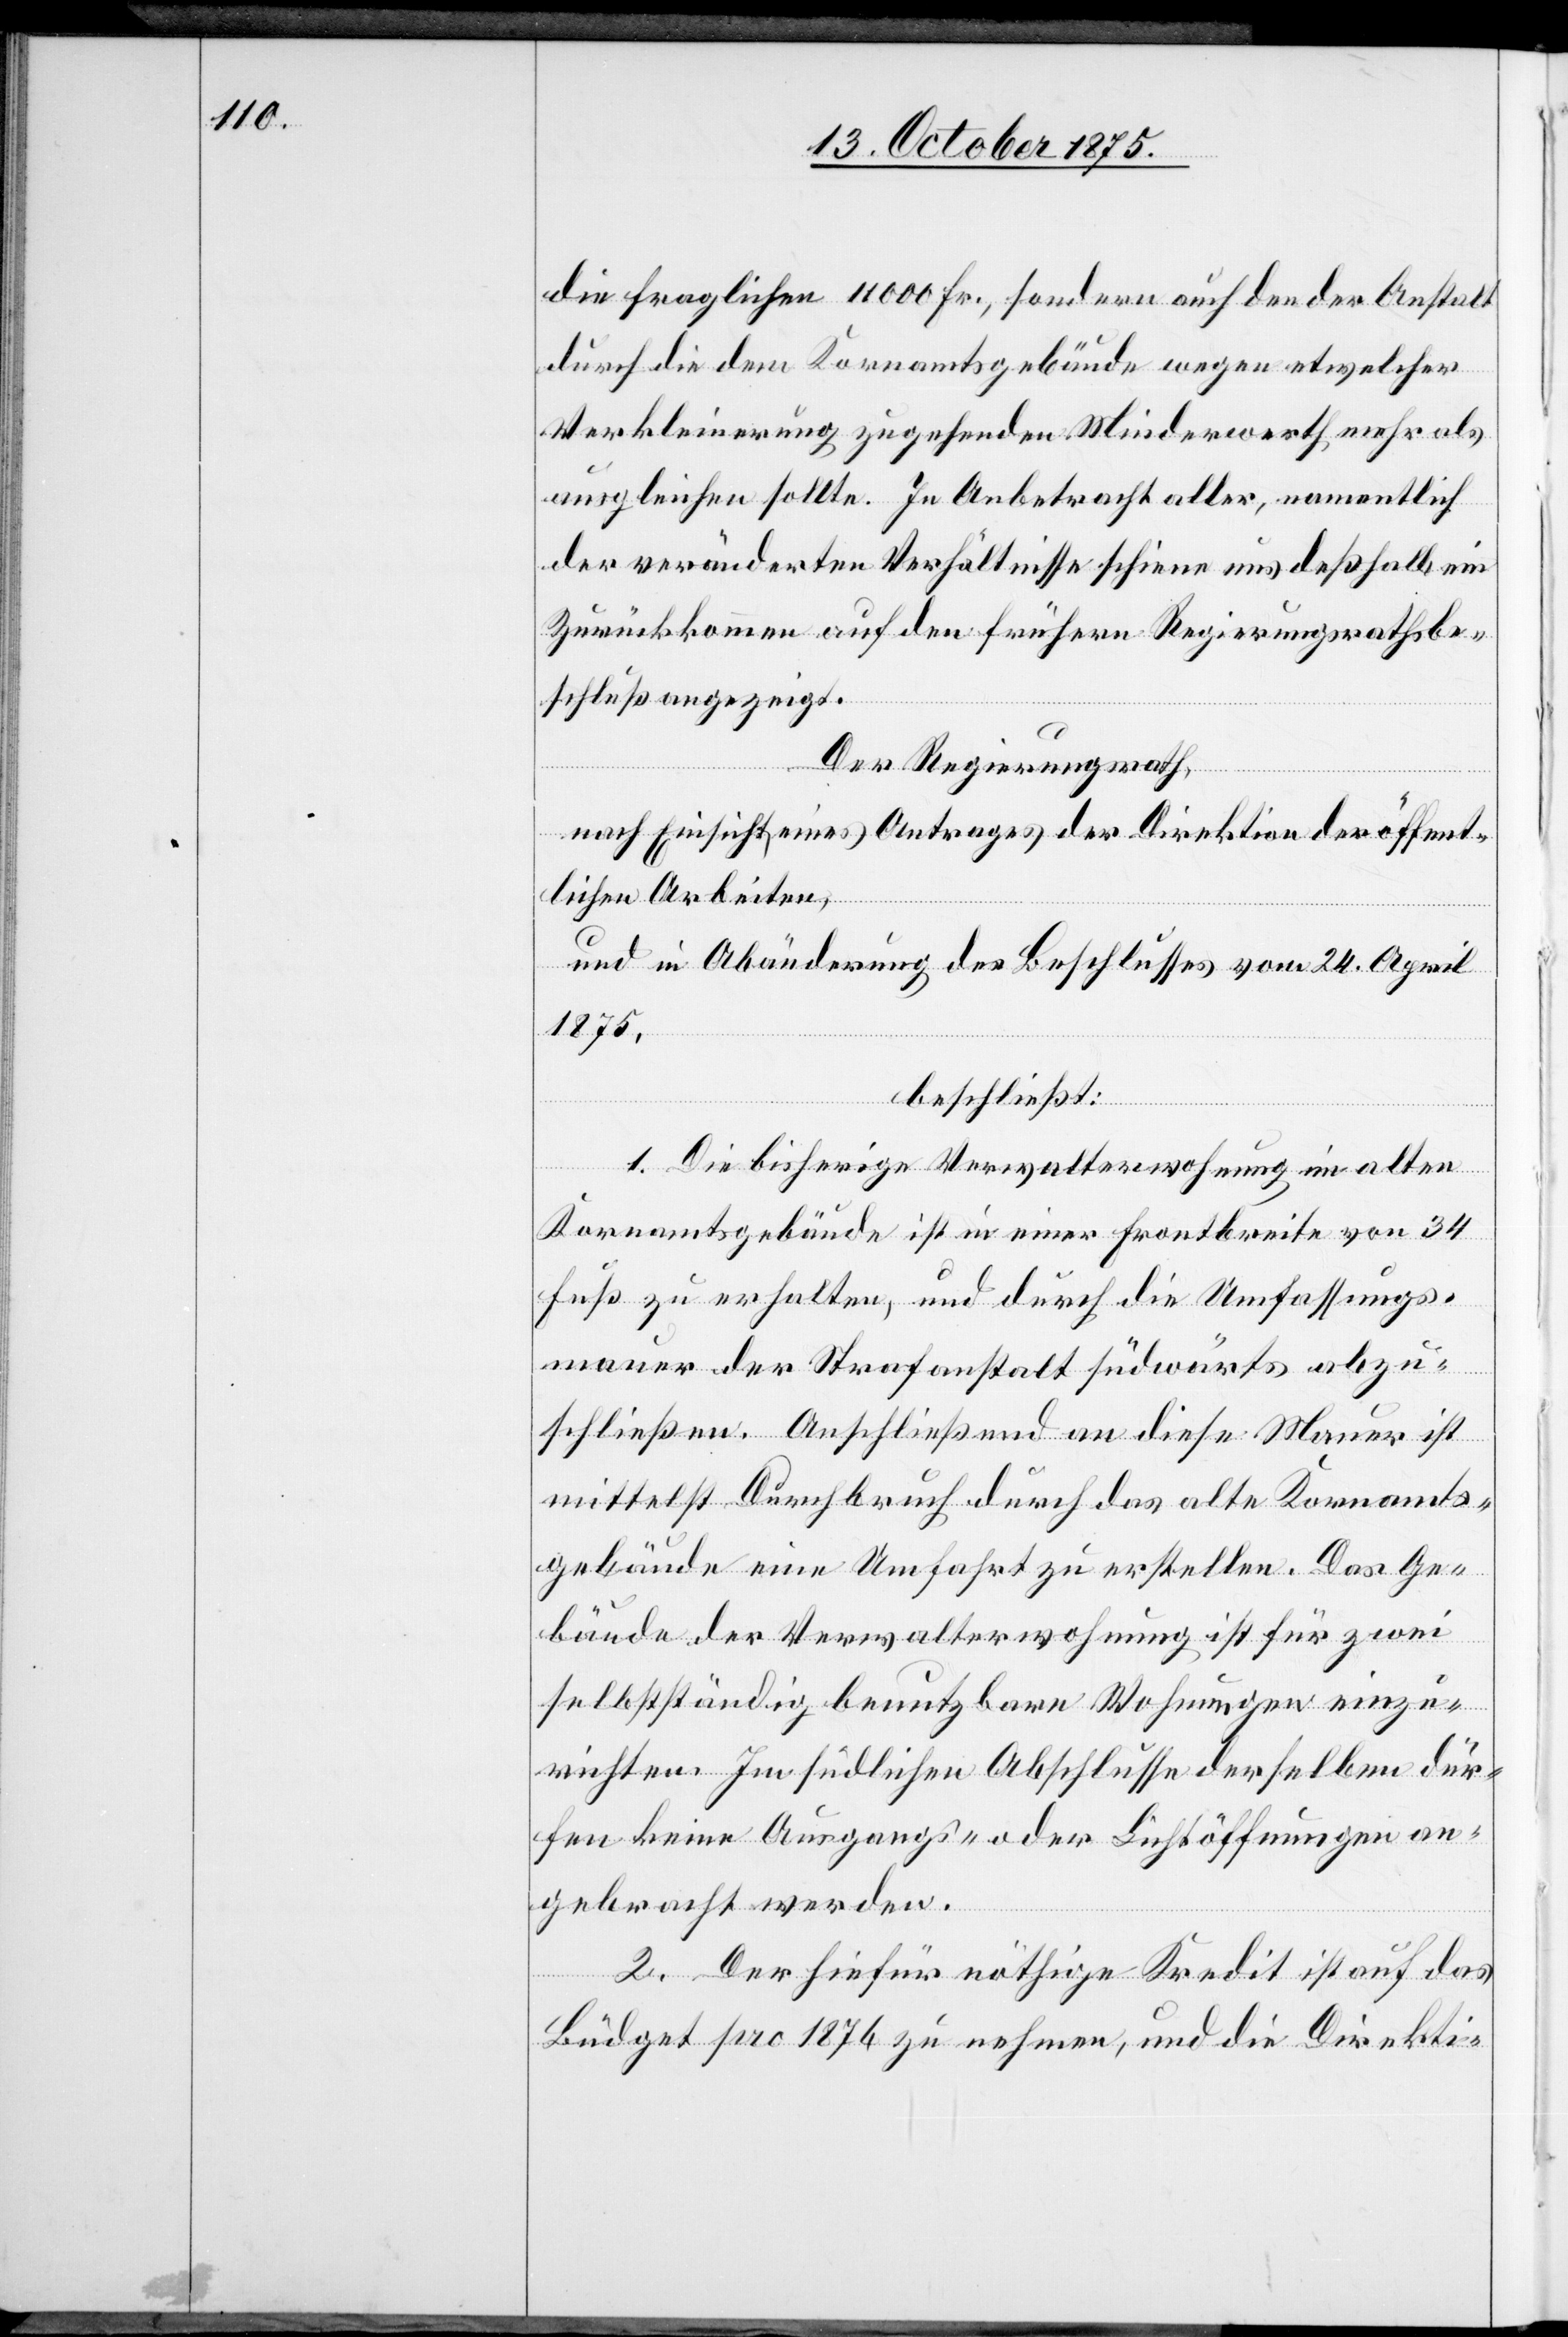
die fraglichen 11000 Fr., sondern auch den der Anstalt
durch die dem Kornamtsgebäude wegen etwelcher
Verkleinerung zugehenden Minderwerth mehr als
ausgleichen sollte. In Anbetracht aller, namentlich
der veränderten Verhältnisse schiene uns deßhalb ein
Zurückkommen auf den frühern Regierungsrathsbe¬
schluß angezeigt.
Der Regierungsrath,
nach Einsicht eines Antrages der Direktion der öffent¬
lichen Arbeiten,
und in Abänderung des Beschlusses vom 24. April
1875,
beschließt:
1. Die bisherige Verwalterwohnung im alten
Kornamtsgebäude ist in einer Frontbreite von 34
Fuß zu erhalten, und durch die Umfassungs¬
mauer der Strafanstalt südwärts abzu¬
schließen. Anschießend an diese Mauer ist
mittelst Durchbruch durch das alte Kornamts¬
gebäude eine Umfahrt zu erstellen. Das Ge¬
bäude der Verwalterwohnung ist für zwei
selbstständig benutzbare Wohnungen einzu¬
richten. Im südlichen Abschlusse derselben dür¬
fen keine Ausgangs- oder Lichtöffnungen an¬
gebracht werden.
2. Der hiefür nöthige Kredit ist auf das
Büdget pro 1874 zu nehmen, und die Direkti-